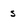
Character: s